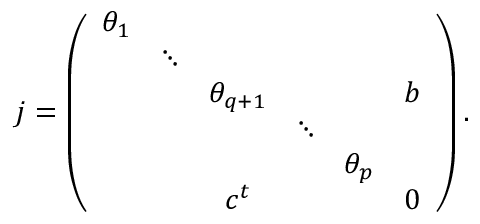
j = \left( \begin{array} { c c c c c c } { { \theta _ { 1 } } } & { { } } & { { } } & { { } } & { { } } & { { } } \\ { { } } & { { \ddots } } & { { } } & { { } } & { { } } & { { } } \\ { { } } & { { } } & { { \theta _ { q + 1 } } } & { { } } & { { } } & { { b } } \\ { { } } & { { } } & { { } } & { { \ddots } } & { { } } & { { } } \\ { { } } & { { } } & { { } } & { { } } & { { \theta _ { p } } } & { { } } \\ { { } } & { { } } & { { c ^ { t } } } & { { } } & { { } } & { { 0 } } \end{array} \right) .